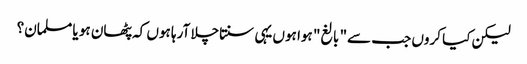
لیکن کیا کروں جب سے" بالغ" ہوا ہوں یہی سنتاچلا آرہا ہوں کہ پٹھان ہو یا مسلمان؟